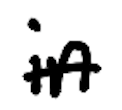
Text: in
Cross-out: single-line
Writing tool: digital_black